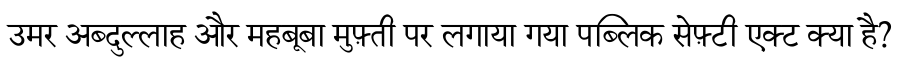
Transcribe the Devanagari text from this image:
उमर अब्दुल्लाह और महबूबा मुफ़्ती पर लगाया गया पब्लिक सेफ़्टी एक्ट क्या है?